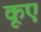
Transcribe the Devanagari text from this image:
कूएं